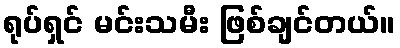
ရုပ်ရှင် မင်းသမီး ဖြစ်ချင်တယ်။